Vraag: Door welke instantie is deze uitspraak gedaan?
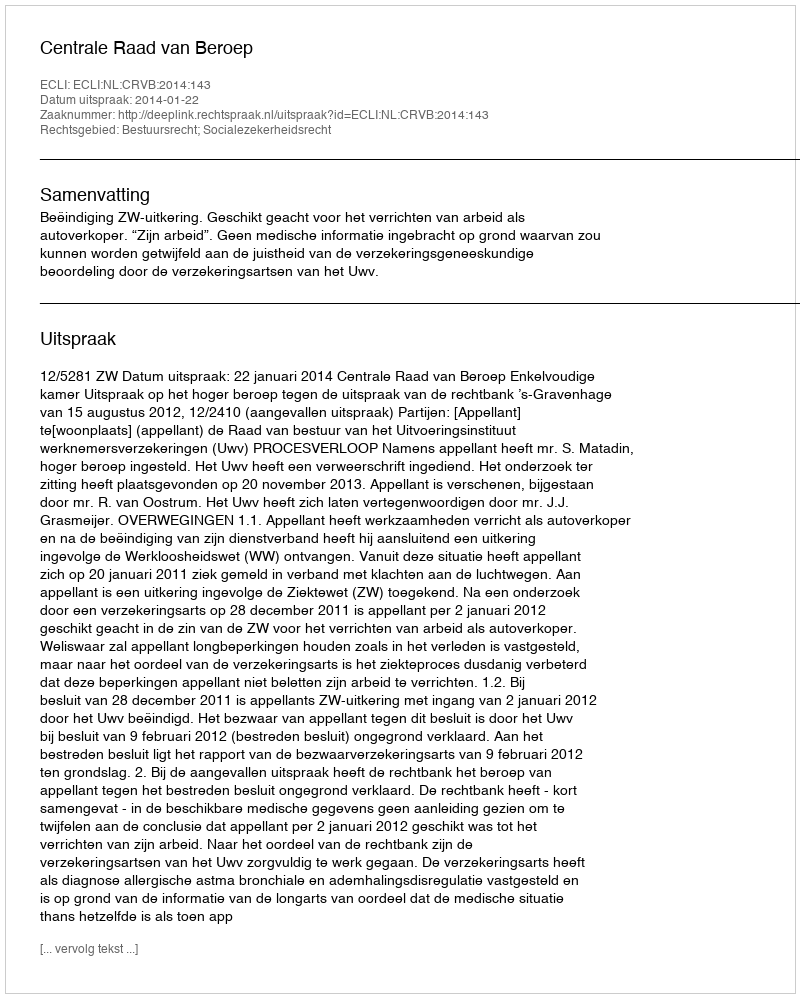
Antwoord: Centrale Raad van Beroep